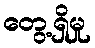
တွေ့ရှိမှု